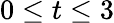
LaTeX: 0\leq t\leq 3